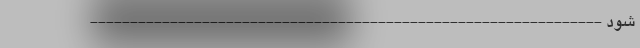
شود ----------------------------------------------------------------